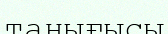
танығысы